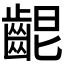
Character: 𪘄